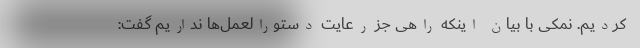
کردیم. نمکی با بیان اینکه راهی جز رعایت دستورالعمل‌ها نداریم گفت: